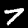
Digit: 7